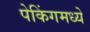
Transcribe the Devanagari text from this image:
पेकिंगमध्ये